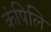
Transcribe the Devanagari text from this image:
कंपिलि